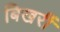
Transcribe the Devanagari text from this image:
बिखरीं